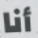
أنا